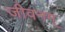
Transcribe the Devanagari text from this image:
जीवनम्‌